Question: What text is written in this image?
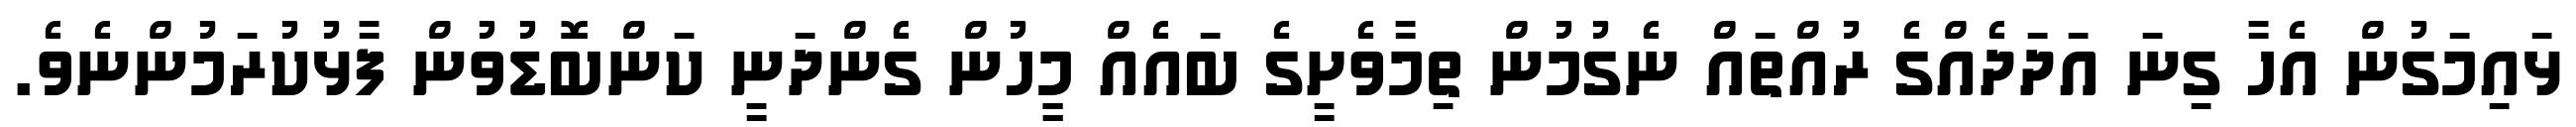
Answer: ޅައިމަގުން އެހާ ގިނަ އަދަދެއްގެ ރުއްތައް ނެގުމުން ތިމާވެށީގެ ބައެއް މީީހުން ގެންދަނީ ކަންބޮޑުވުން ފާޅުކުރަމުންނެވެ.